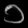
Digit: ၁